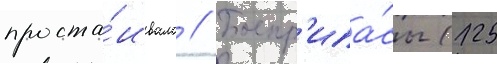
проста́ивала // Боепр'ипа́сы (125